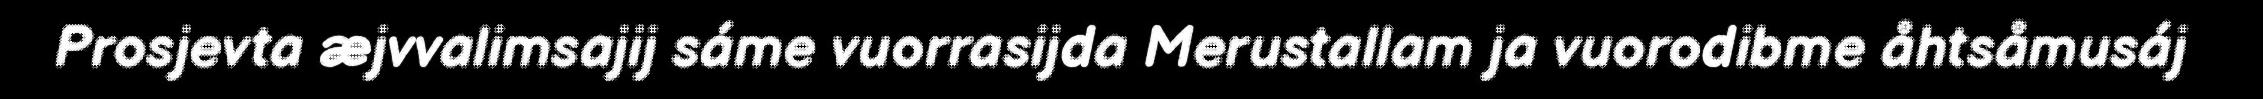
Prosjevta æjvvalimsajij sáme vuorrasijda Merustallam ja vuorodibme åhtsåmusáj